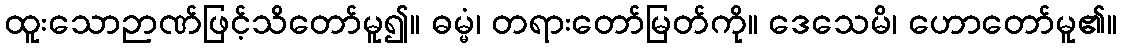
ထူးသောဉာဏ်ဖြင့်သိတော်မူ၍။ ဓမ္မံ၊ တရားတော်မြတ်ကို။ ဒေသေမိ၊ ဟောတော်မူ၏။